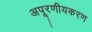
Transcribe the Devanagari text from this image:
अपूरणीयकरण